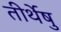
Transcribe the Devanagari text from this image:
तीर्थेषु